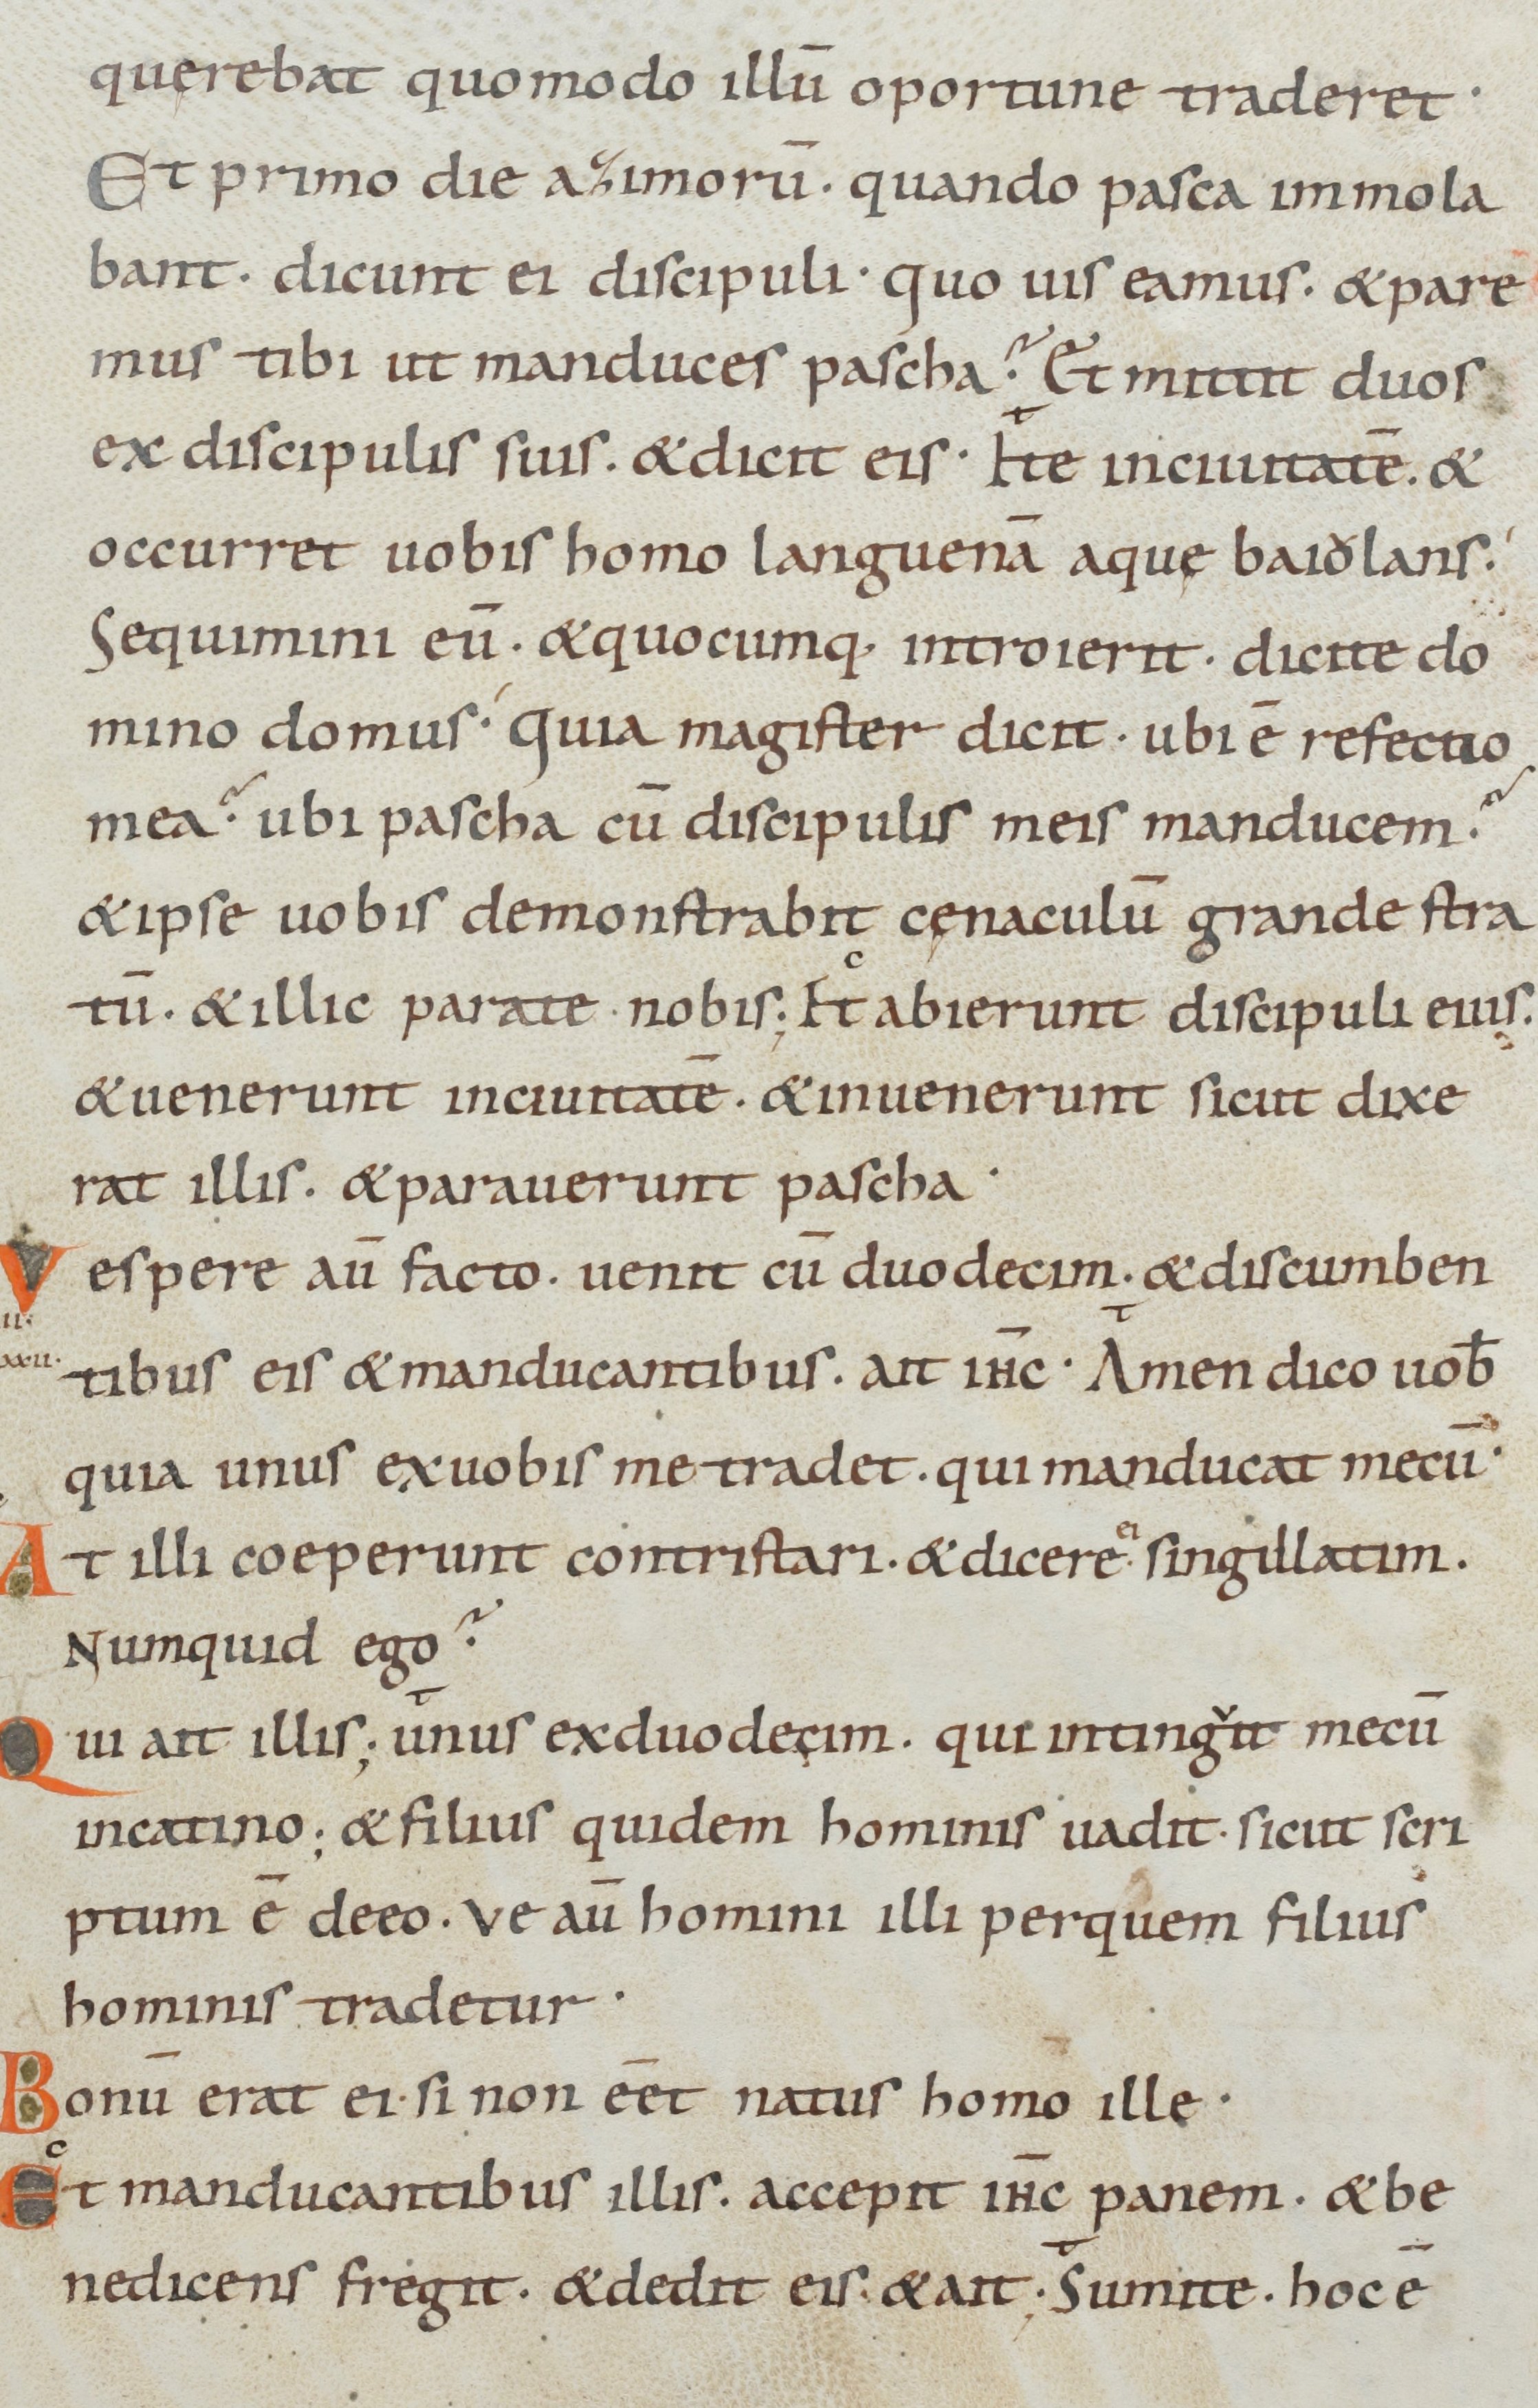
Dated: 885–950